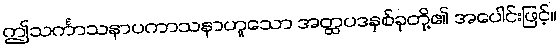
ဤသင်္ကာသနာပကာသနာဟူသော အတ္ထပဒနှစ်ခုတို့၏ အပေါင်းဖြင့်။